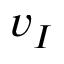
v _ { I }